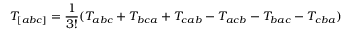
T _ { [ a b c ] } = { \frac { 1 } { 3 ! } } ( T _ { a b c } + T _ { b c a } + T _ { c a b } - T _ { a c b } - T _ { b a c } - T _ { c b a } )